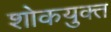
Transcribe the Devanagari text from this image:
शोकयुक्त